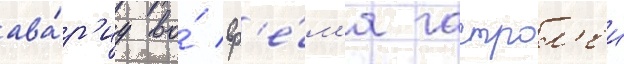
ава́р'иу во́ вр'е́м'я гастрол'еи